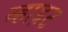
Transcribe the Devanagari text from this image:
व्हाइ़ट